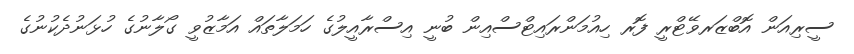
ސީރިއަން އޮބްޒަރވޭޓްރީ ފޮރ ހިއުމަންރައިޓްސްއިން ބުނީ އިސްރާއީލުގެ ހަމަލާތައް އަމާޒުވީ ގޯލާނުގެ ހުޅަނުދެކުނުގެ